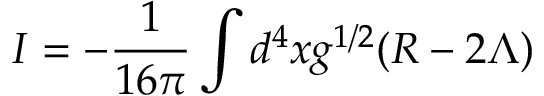
I = - { \frac { 1 } { 1 6 \pi } } \int d ^ { 4 } x g ^ { 1 / 2 } ( R - 2 \Lambda )